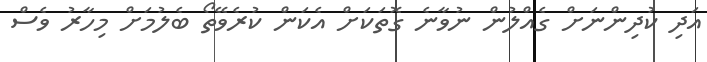
އަދި ކުދިންނަށް ގެއްލުން ނުވާނެ ގޮތަކަށް އެކަން ކުރެވޭތޯ ބެލުމަށް މިހާރު ވެސް